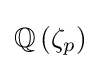
\mathbb {Q} \left(\zeta _{p}\right)